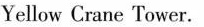
Yellow Crane Tower.